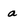
Character: a